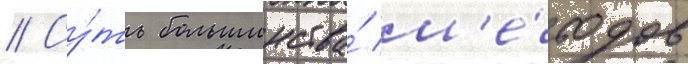
// Су́ть большинства́ м'е́тодов